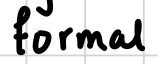
Text: formal
Cross-out: clean
Writing tool: digital_black